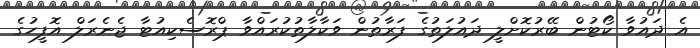
އެ ދައުވާ ކޯޓުން ބޭރުކޮށްލީ ދައުލަތުގެ ފަރާތުން ވަކާލާތުކުރައްވާ ޕްރޮސެކިއުޓާ ޖެނެރަލް އޮފީހުގެ